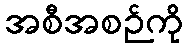
အစီအစဉ်ကို